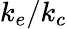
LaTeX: k_{e}/k_{c}